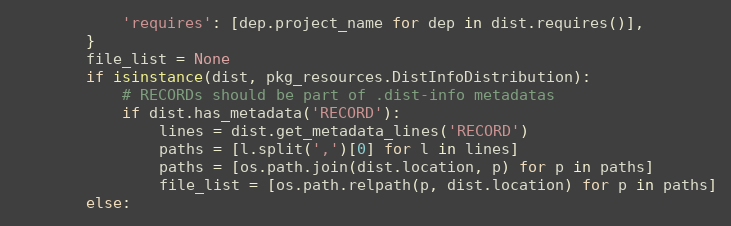
Language: Python
            'requires': [dep.project_name for dep in dist.requires()],
        }
        file_list = None
        if isinstance(dist, pkg_resources.DistInfoDistribution):
            # RECORDs should be part of .dist-info metadatas
            if dist.has_metadata('RECORD'):
                lines = dist.get_metadata_lines('RECORD')
                paths = [l.split(',')[0] for l in lines]
                paths = [os.path.join(dist.location, p) for p in paths]
                file_list = [os.path.relpath(p, dist.location) for p in paths]
        else: